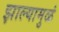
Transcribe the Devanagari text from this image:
झाल्यामुळं